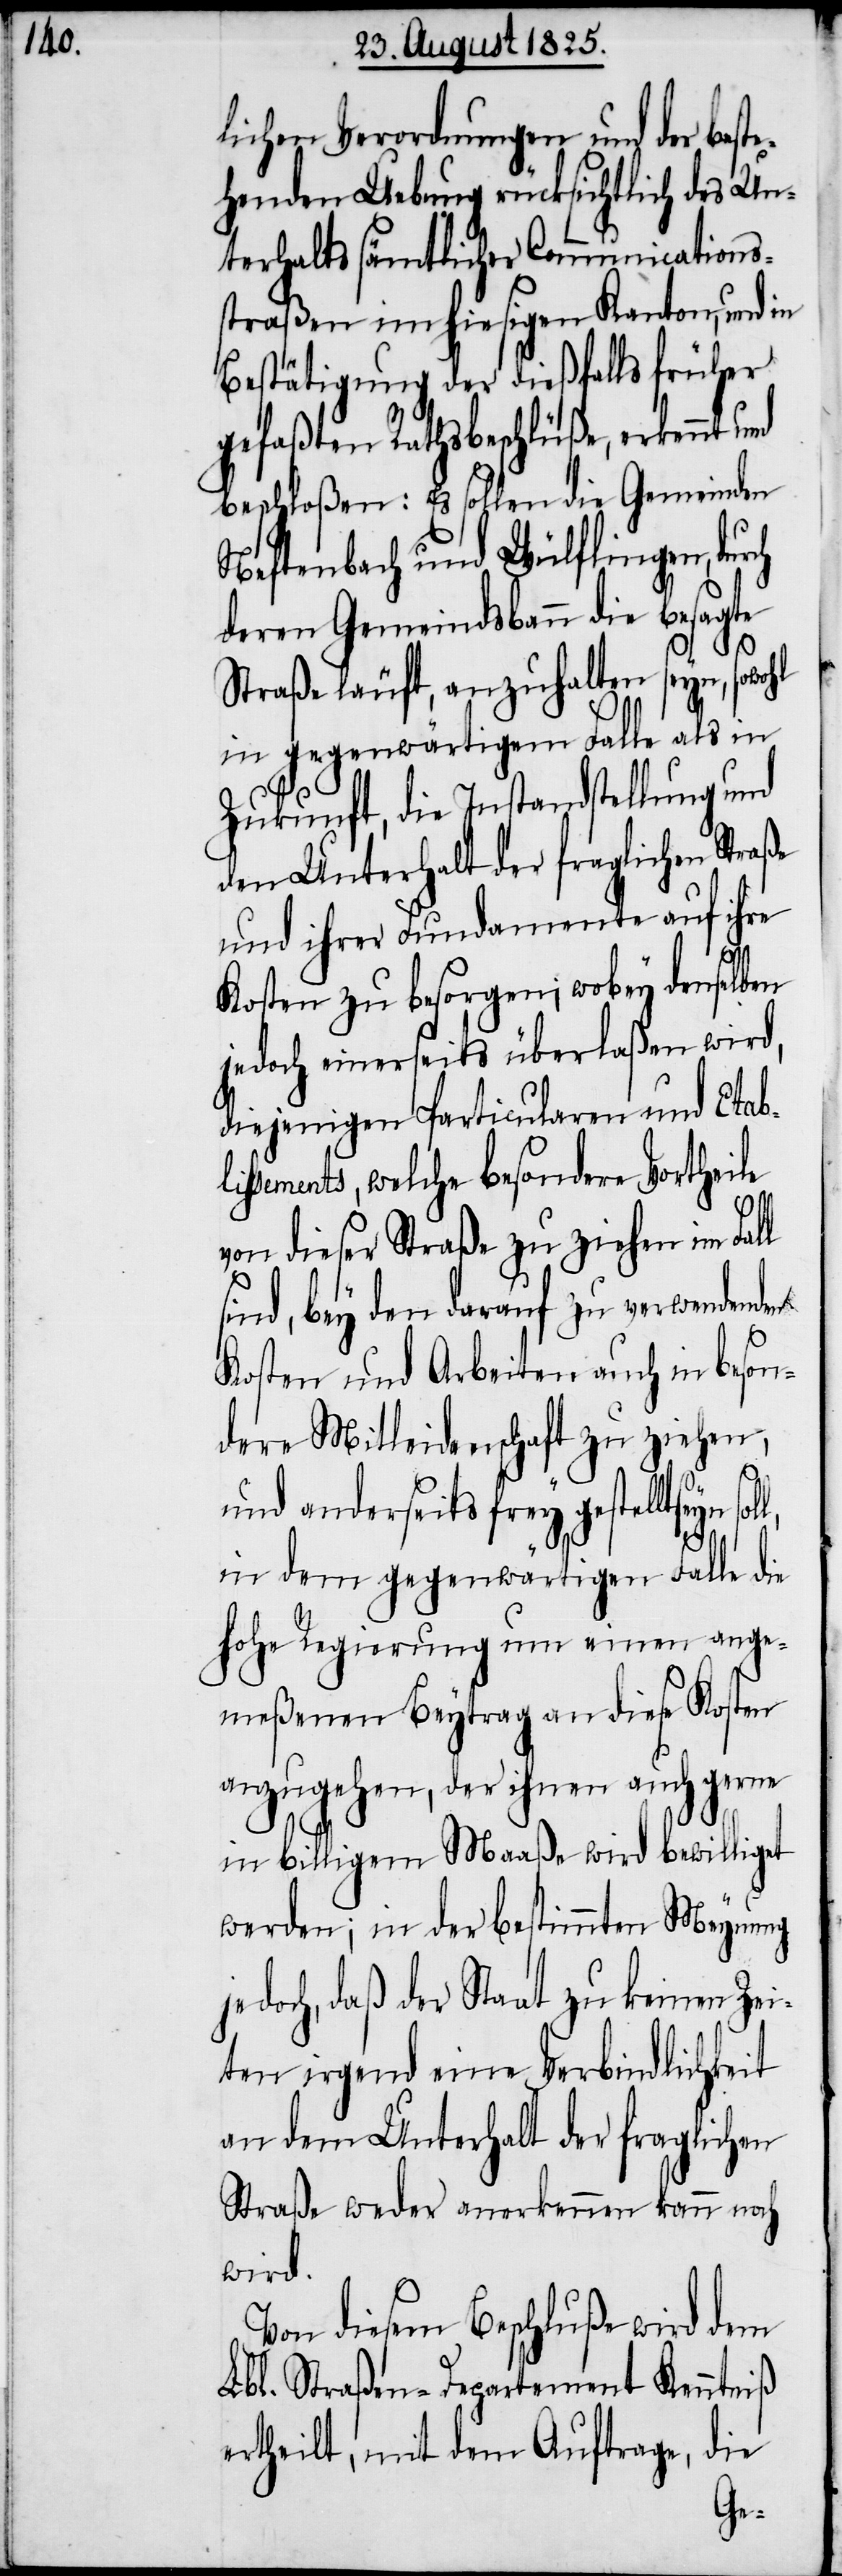
lichen Verordnungen und der best¬
ehenden Uebung rücksichtlich des Un¬
terhalts sämtlicher Communications¬
straßen im hiesigen Kanton, und in
Bestätigung der dießfalls früher
gefaßten Rathsbeschlüße, erkennt und
beschloßen: Es sollen die Gemeinden
Neftenbach und Wülflingen,
deren Gemeindsbann die besagte
Straße läuft, anzuhalten seyn, sowohl
in gegenwärtigem Falle als in
Zukunft, die Instandstellung und
den Unterhalt der fraglichen Straße
und ihrer Fundamente auf ihre
Kosten zu besorgen; wobey denselben
jedoch einerseits überlaßen wird,
diejenigen Particularen und Etabl¬
issements, welche besondere Vortheile
von dieser Straße zu ziehen im Fall
sind, bey den darauf zu verwendenden
Kosten und Arbeiten auch in beson¬
dere Mitleidenschaft zu ziehen,
und anderseits frey gestellt seyn
in dem gegenwärtigen Falle die
hohe Regierung um einen ange¬
meßenen Beytrag an diese Kosten
anzugehen, der ihnen auch gerne
in billigem Maaße wird bewilliget
werden; in der bestimmten Meynung
jedoch, daß der Staat zu keinen Zei¬
ten irgend eine Verbindlichkeit
an dem Unterhalt der fraglichen
Straße weder anerkennen kann noch
wird.
Von diesem Beschluße wird dem
Lbl. Straßen-Departement Kenntniß
ertheilt, mit dem Auftrage, die